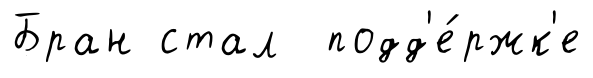
Бран стал подд'е́ржк'е